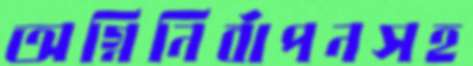
অগ্নিনির্বাপনসহ